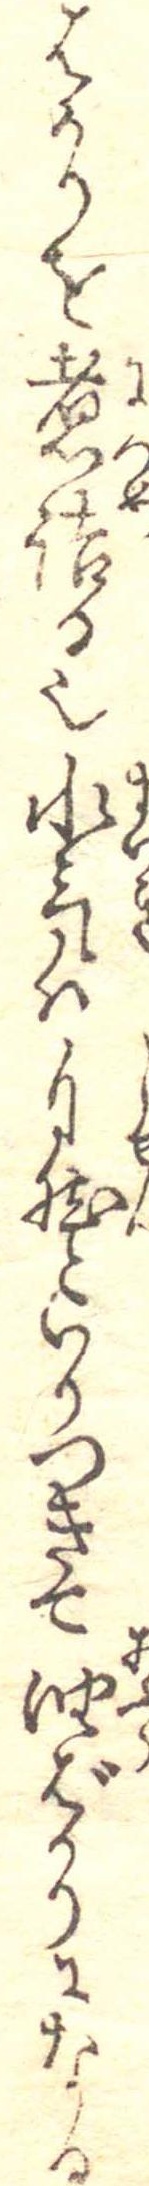
はかりを煮詰る也水気は自然といりつきて油ばかりになる